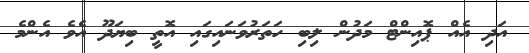
އަދި އެއް ޕޮއިންޓް މަދުން ލިބި ހަތަރުވަނައިގައި އޮތީ ބިޔަދޫ އެެވެ އެންމެ